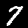
Digit: 7